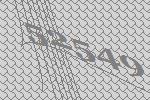
52549